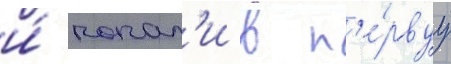
и́ попал'и в п'е́рвуу